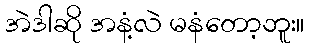
အဲဒါဆို အနံ့လဲ မနံတော့ဘူး။